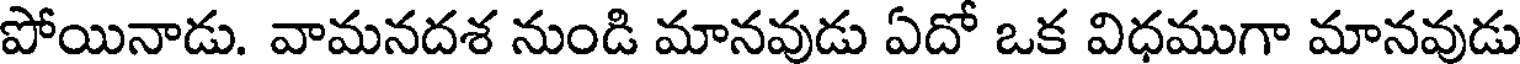
పోయినాడు. వామనదశ నుండి మానవుడు ఏదో ఒక విధముగా మానవుడు